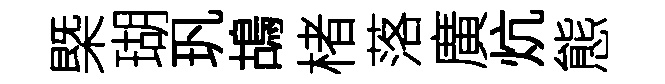
槩瑚㺬鴣楮落廣炕態